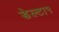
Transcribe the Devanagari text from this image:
डेल्टा१